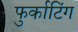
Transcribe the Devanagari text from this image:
फुर्काटिंग